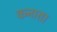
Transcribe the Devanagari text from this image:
कनात्ता